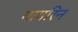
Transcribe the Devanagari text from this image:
गागरिन